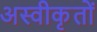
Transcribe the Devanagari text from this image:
अस्‍वीकृतों